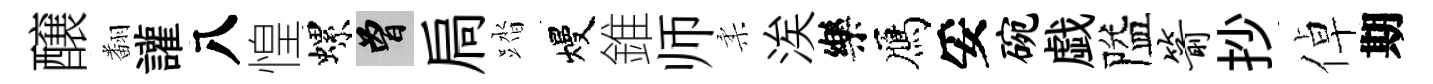
醸翻讙八惶螺曾扃踏熳錐师柔涘樂鴈妥碗戯隘箭抄倬期